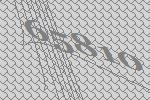
65810